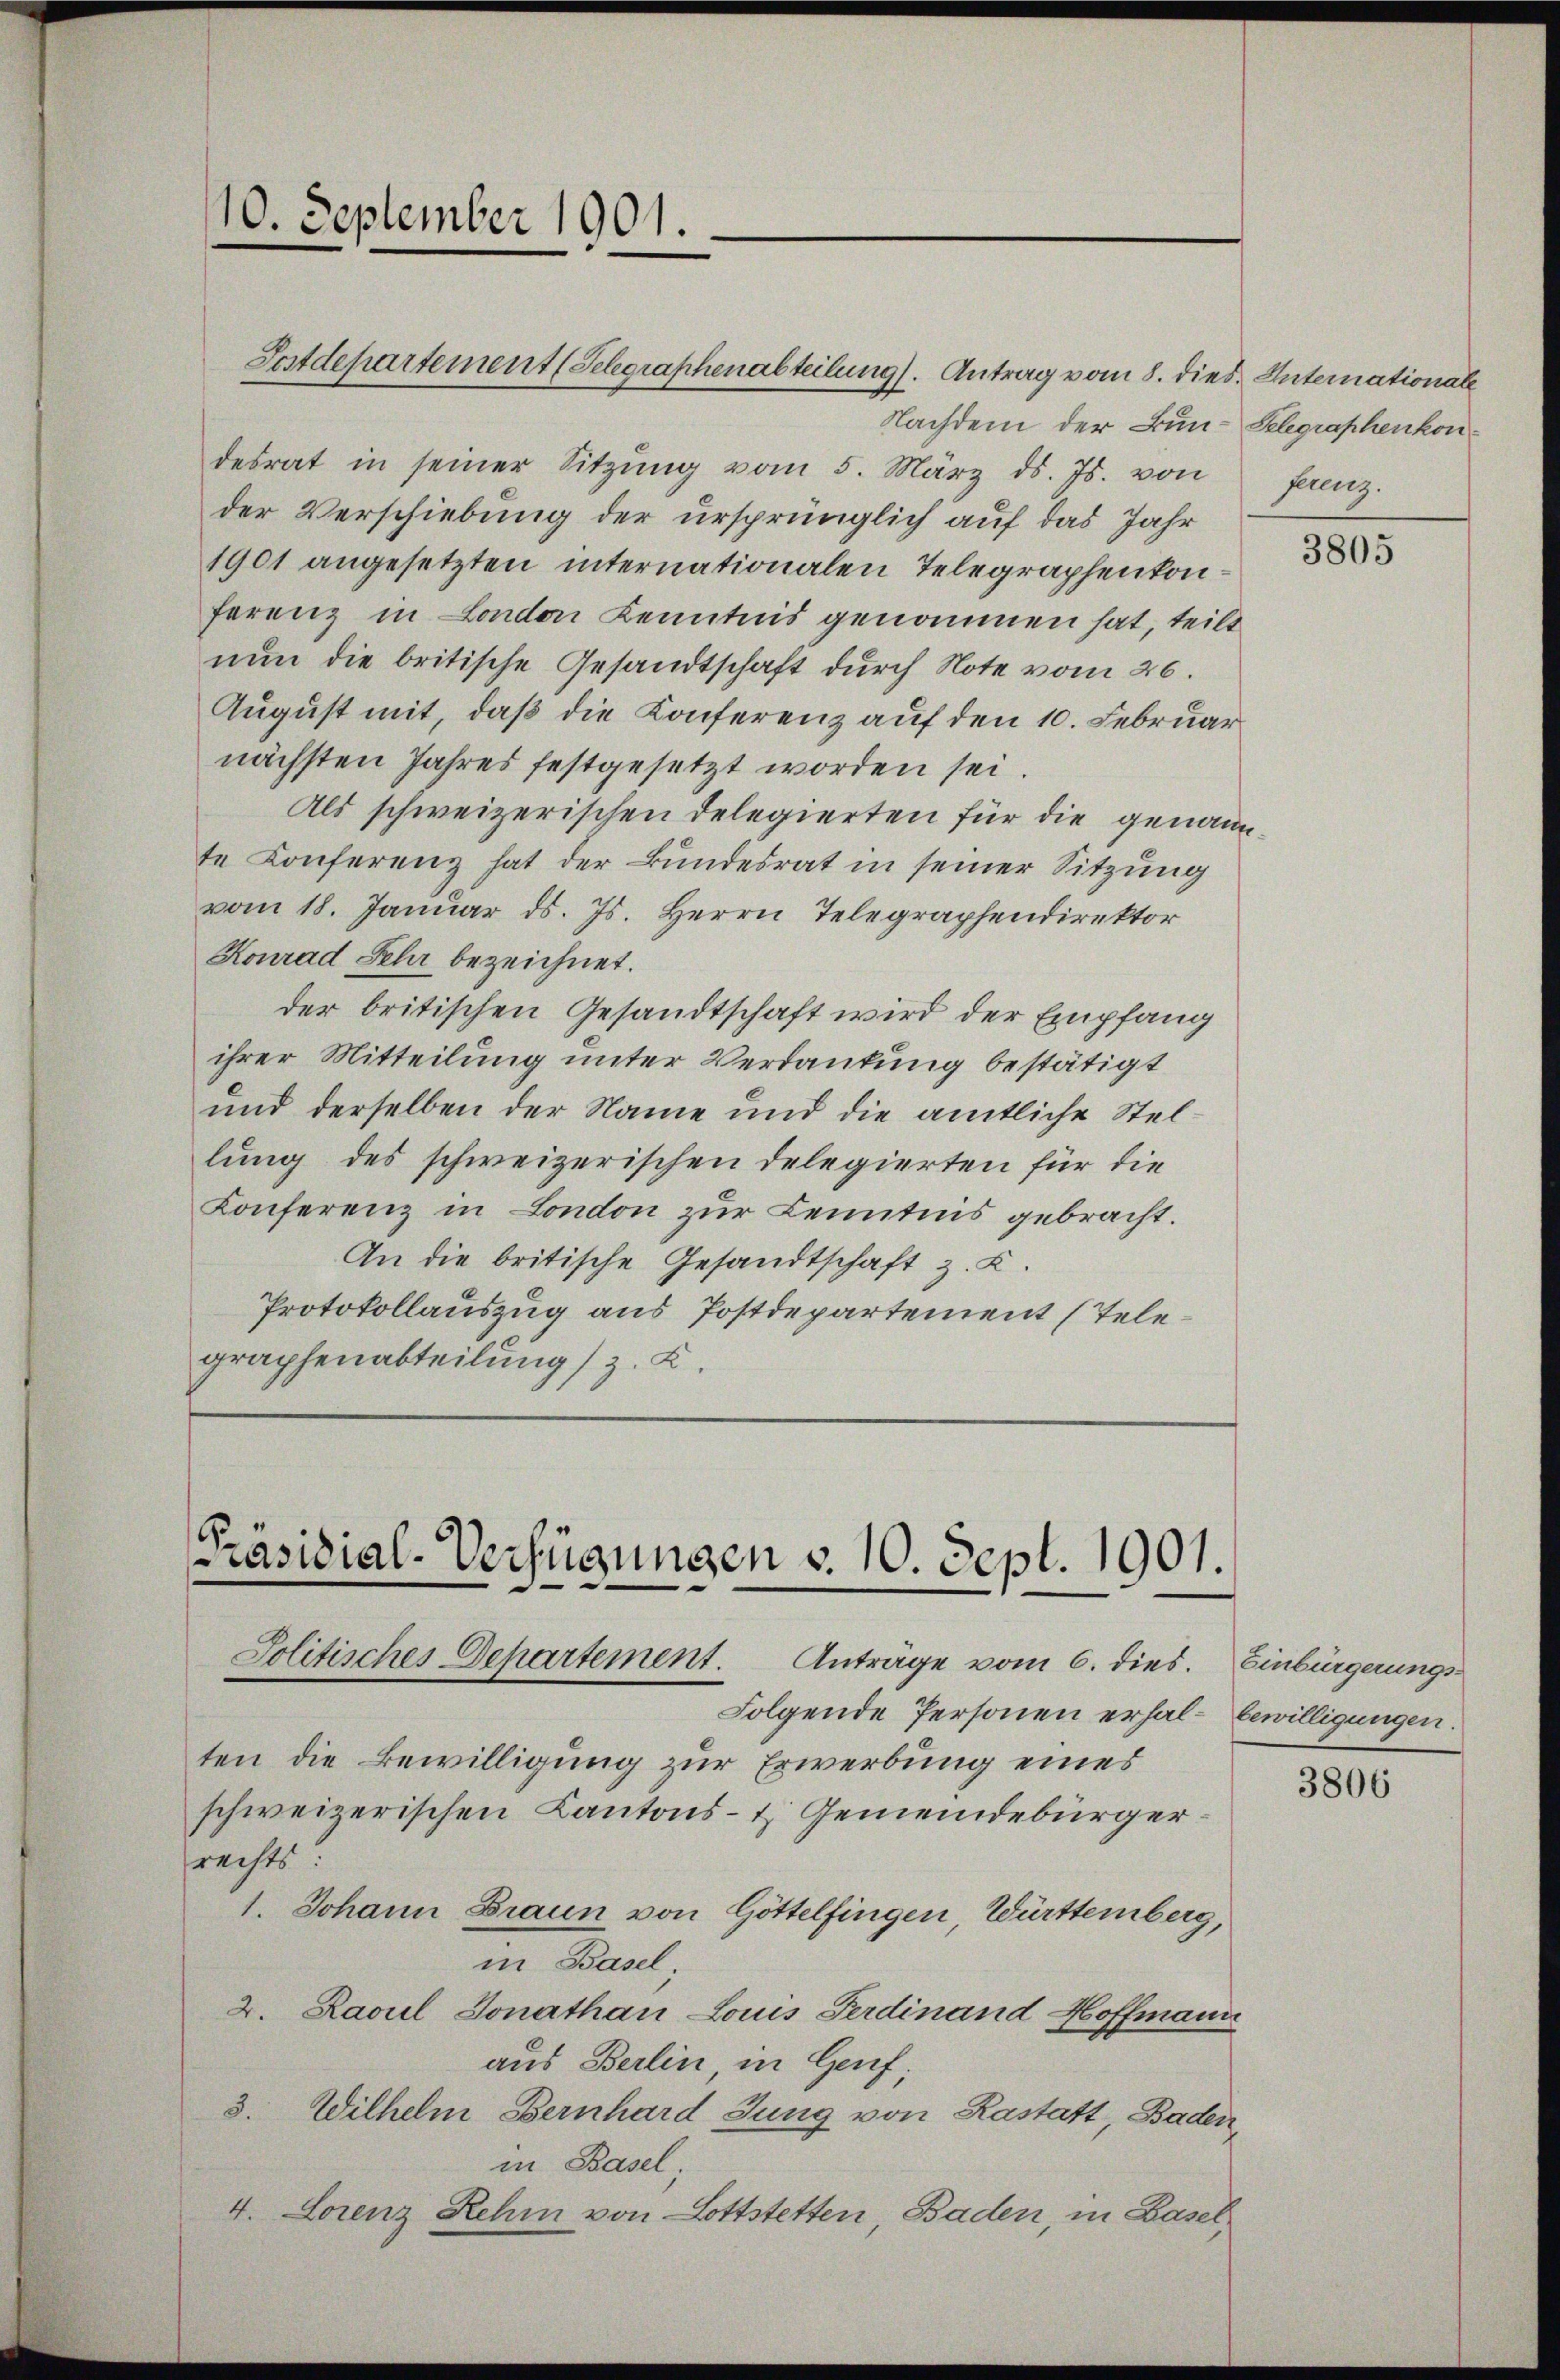
Nachdem der Bun- Gelegraphenkondesrat in seiner Sitzŭng vom 5. März d. Js. von
der Verschiebung der ursprünglich auf das Jahr
1901 angesetzten internationalen Telegraphenkonferenz in London Kenntnis genommen hat, teilt
nun die britische Gesandtschaft durch Note vom 26.
August mit, daß die Konferenz auf den 10. Februar
nächsten Jahres festgesetzt worden sei.
Als schweizerischen Delegierten für die genannte Konferenz hat der Bundesrat in seiner Sitzung
vom 18. Januar d. Js. Herrn Telegraphendirektor
Konrad Sehr bezeichnet.
der britischen Gesandtschaft wird der Empfang
ihrer Mitteilung unter Verdankung bestätigt
und derselben der Name und die amtliche Stellung des schweizerischen Delegierten für die
Konferenz in London zur Kenntnis gebracht.
An die britische Gesandtschaft z. B.
Protokollauszug aus Postdepartement (Telegraphenabteilung (z. K.

10. September 1901.

Sostdepartement (Selegraphenabteilung). Antrag vom 8. dies. Internationale

Präsidial-Verfügungen v. 10. Sept. 1901.
Jolitisches Departement. Anträge vom 6. dies. Einbürgerungs¬

Folgende Personen erhal- bewilligungen.
ten die Bewilligung zur Erwerbung eines
schweizerischen Kantons- & Gemeindebürgersrechts.
1. Johann Braun von Göttelfingen, Württemberg,
in Basel
2. Rasul donathan Louis Ferdinand Hoffmann
aus Berlin in Genf;
3. Wilhelm Bernhard Jung von Rastatt, Baden,
in Basel;
4. Lorenz Rehm von Lottstetten, Baden, in Basel,

gaenz.

3805

3806